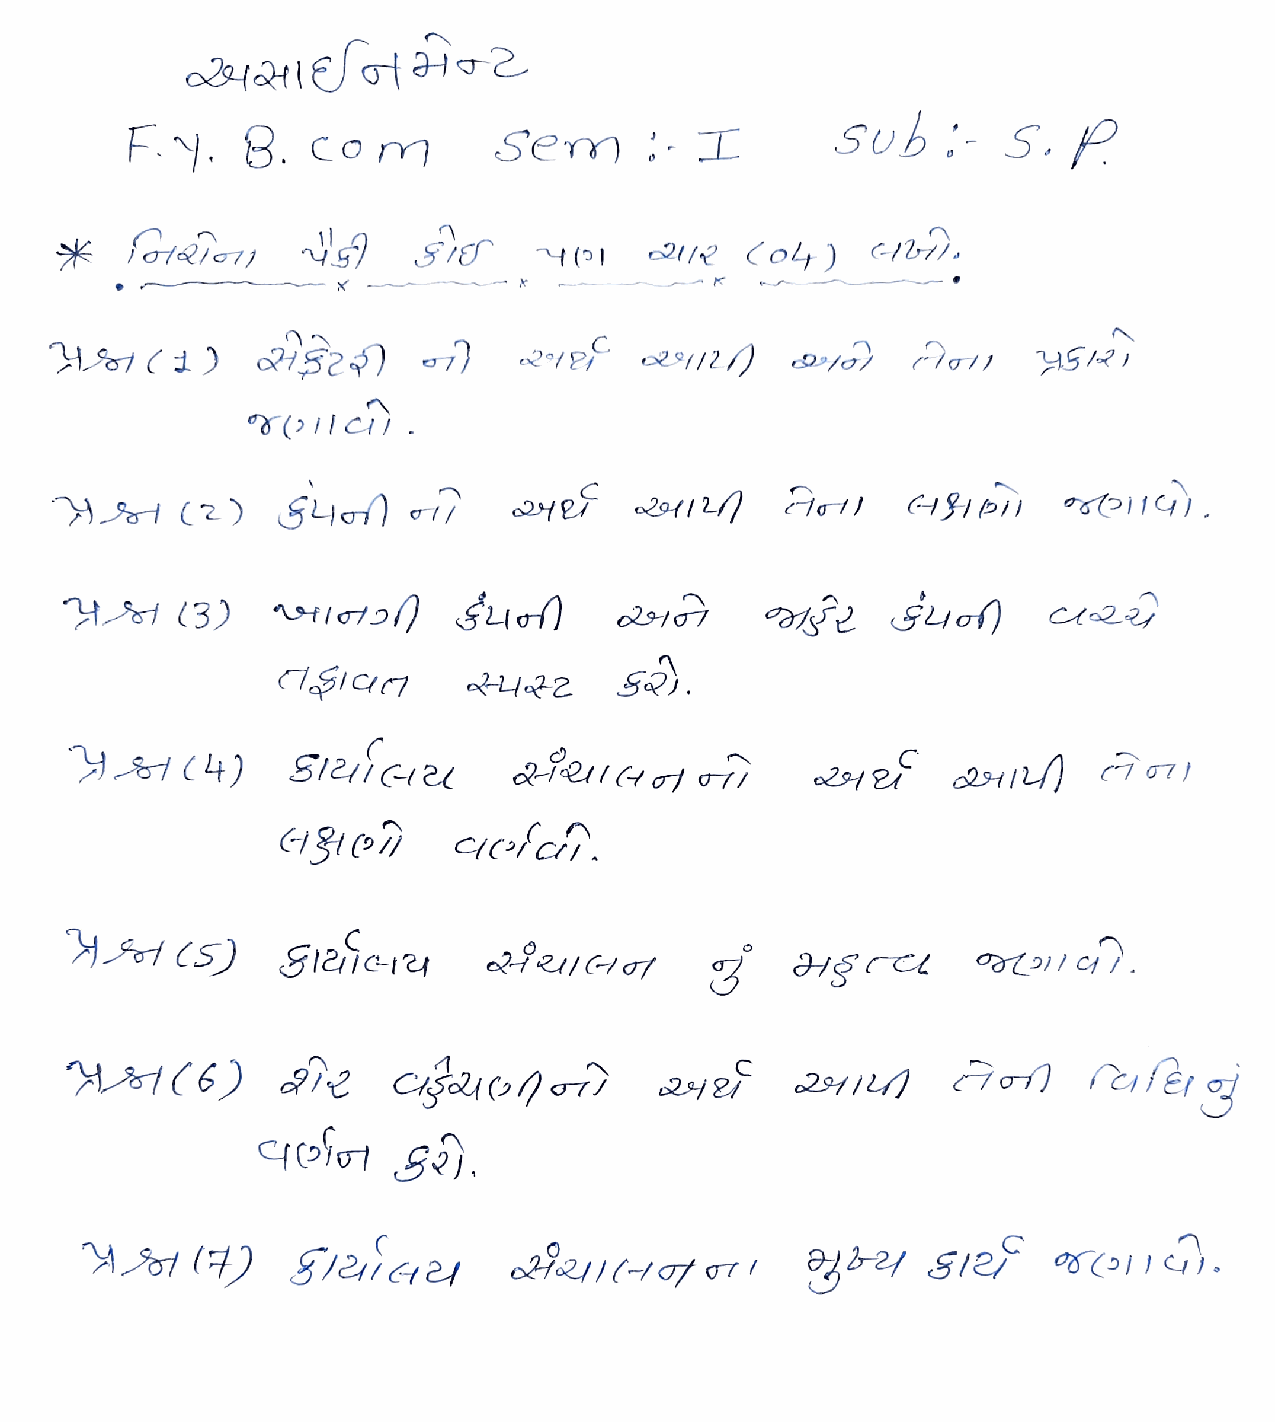
3441EtHT2
 Sub        S.   P
 F..     8.   com         Sem       I
 forRe                                   1/    Coy)     C/b1.
 Y(O
 (1lci.
 )               S       1
 (  3    )                                     SIof)              Cr2
 SICr
 Sieuicre
 cfci
 HSet    )     Gi2ieC- 1
 efer
 cqolet   S.
 (     )       gh2ieao21(            -4